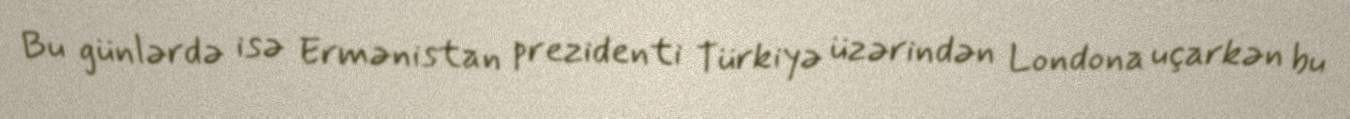
Bu günlərdə isə Ermənistan prezidenti Türkiyə üzərindən Londona uçarkən bu